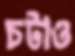
চটাও